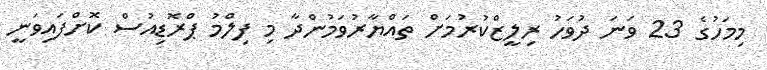
މިމަހުގެ 23 ވަނަ ދުވަހު ރިލީޒްކުރުމަށް ތައްޔާރުވަމުންދާ މި ފިލްމު ޕްރޮޑިއުސް ކޮށްފައިވަނީ